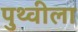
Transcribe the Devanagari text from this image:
पुथ्वीला